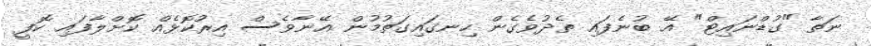
ނަތާ "ގުޑްނައިޓް" އޭ ބުނެފައި ތެދުވެގެން ހިނގައިގަތުމުން އޭނާވެސް އިރުކޮޅެއް ކޮށްލާފައި ކޮފީ